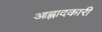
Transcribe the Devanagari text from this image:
आह्लादकारी